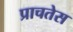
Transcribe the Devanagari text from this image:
प्राचतेस